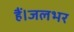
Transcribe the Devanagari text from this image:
हैं।जलभर